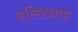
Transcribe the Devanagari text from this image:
इल्लिआड